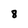
Character: 8